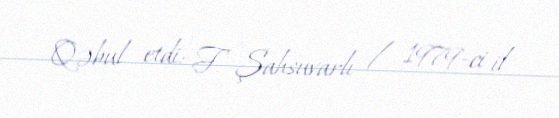
Qəbul etdi: F. Şahsuvarlı / 1979-ci il